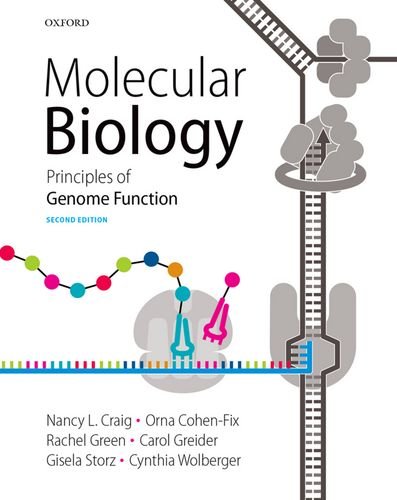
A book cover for Molecular Biology: Principles of Genome Function; Nancy Craig; Engineering & Transportation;